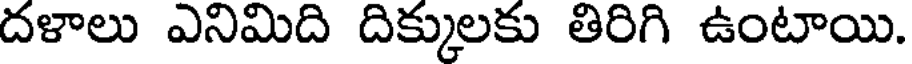
దళాలు ఎనిమిది దిక్కులకు తిరిగి ఉంటాయి.